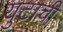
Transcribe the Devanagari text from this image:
युटाची